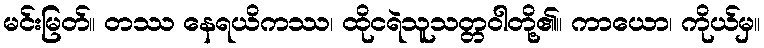
မင်းမြတ်။ တဿ နေရယိကဿ၊ ထိုငရဲသူသတ္တဝါတို့၏။ ကာယော၊ ကိုယ်မှ။